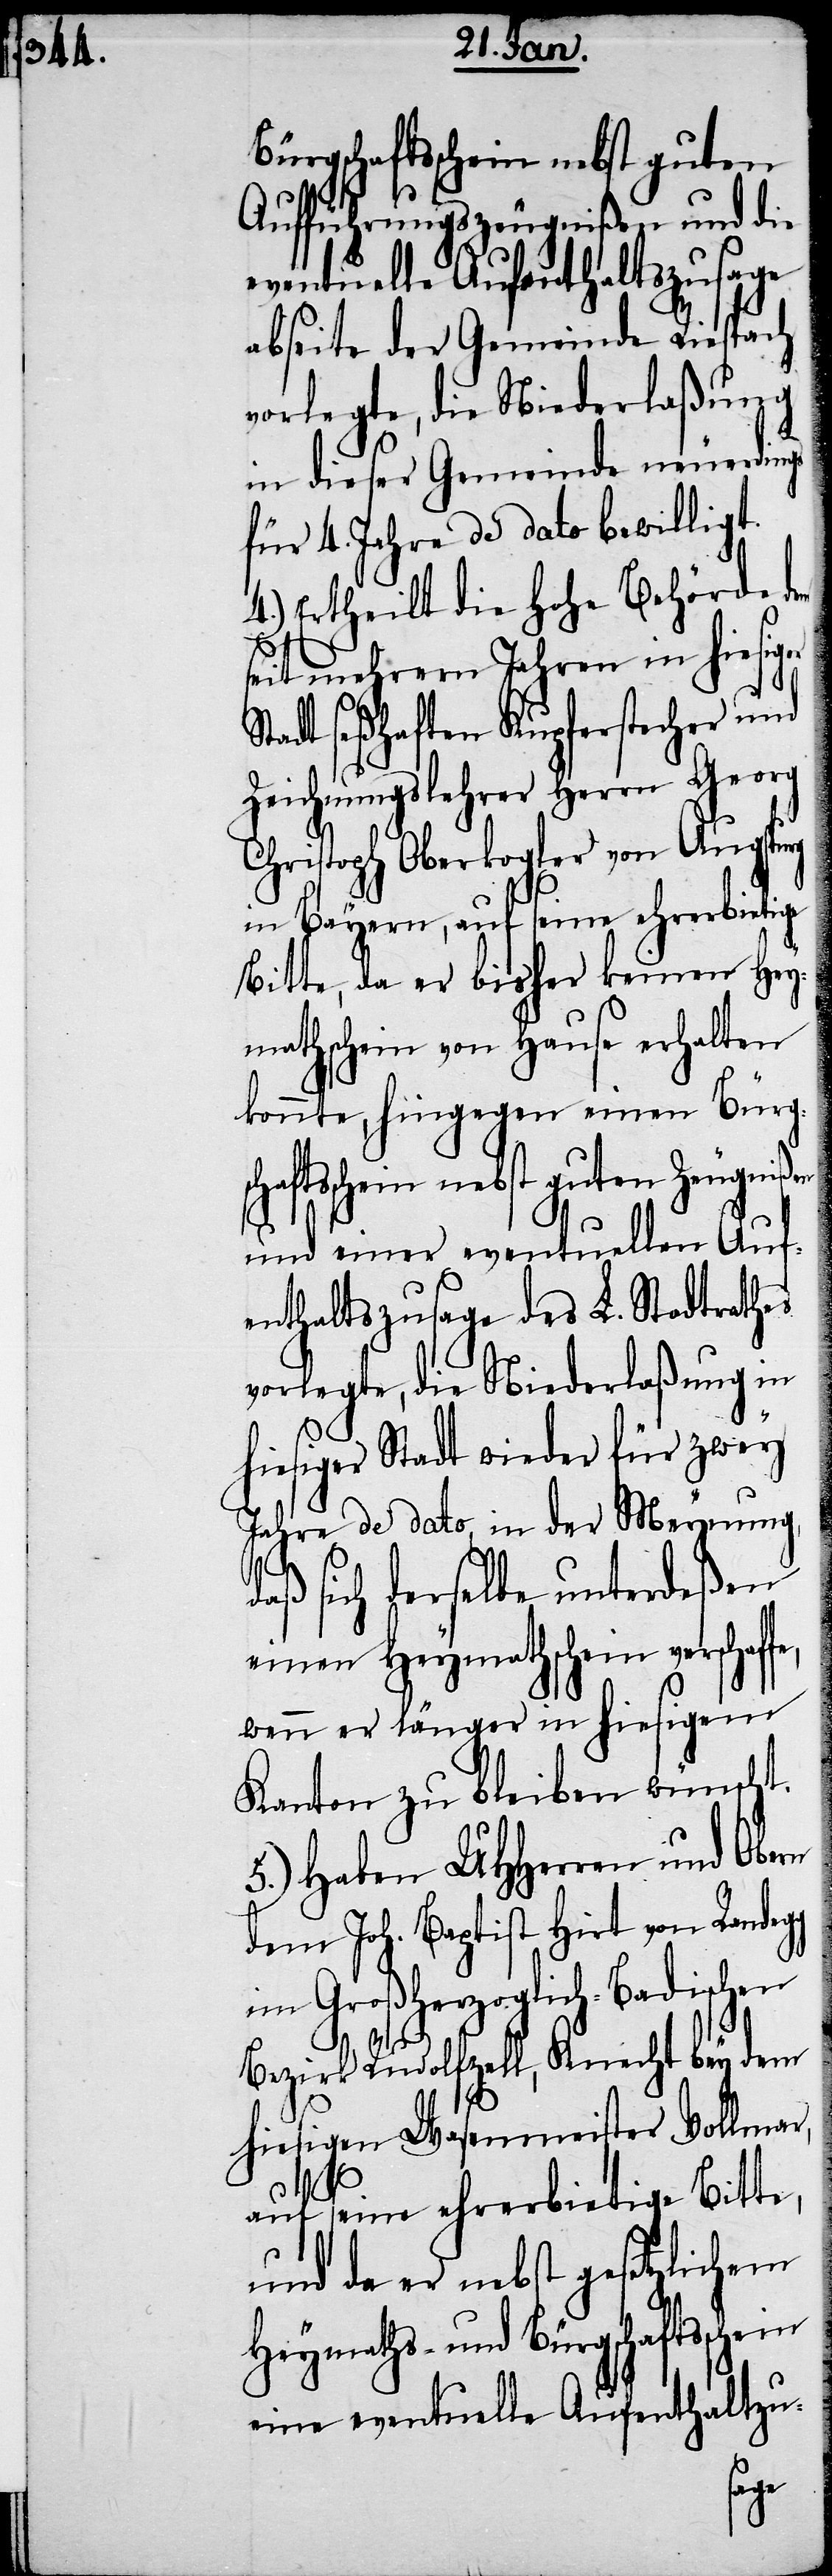
ürgschaftsschein nebst guten
Aufführungszeugnißen und die
eventuelle Aufenthaltszusage
abseite der Gemeinde Riespach
vorlegte, die Niederlaßung
in dieser Gemeinde neuerdings
für 4. Jahre de dato bewilligt.
4.) Ertheilt die Hohe Behörde dem
seit mehrern Jahren in hiesiger
tadt seßhaften Kupferstecher und
Zeichnungslehrer Herrn Georg
Christoph Oberkopler von Augspurg
in Bayern, auf seine ehrerbietige
Bitte, da er bisher keinen Hey¬
mathschein von Hause erhalten
konnte, hingegen einen B¬
und einer eventuellen Auf¬
enthaltszusage des L. Stadtrathes
vorlegte, die Niederlaßung in
hiesiger Stadt wieder für zwey
Jahre de dato, in der Meynung,
d¬
aß sich derselbe unterdeßen
einen Heymathschein verschaf¬
wenn er länger in hiesigem
Kanton zu bleiben wünscht.
5.) Haben UHHerren und Ob¬
dem Joh. Baptist Hirt von Rande¬
im Großherzoglich-Badischen
Bezirk Rudolfzell, Knecht bey dem
hiesigen Wasenmeister Vollmar,
auf seine ehrerbietige Bitte,
und da er nebst gesetzlichem
Heymaths- und Bürgschaftssche¬
eine eventuelle Aufenthaltzu-
in